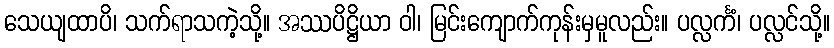
သေယျထာပိ၊ သက်ရာသကဲ့သို့။ အဿပိဋ္ဌိယာ ဝါ၊ မြင်းကျောက်ကုန်းမှမူလည်း။ ပလ္လင်္ကံ၊ ပလ္လင်သို့။